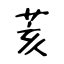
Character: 荄